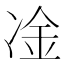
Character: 凎